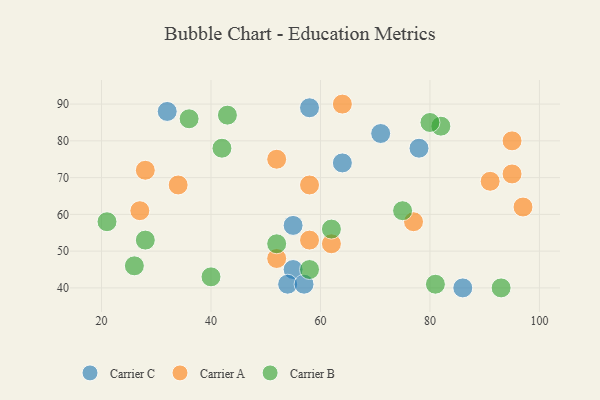
{"axis": {"x": "GDP", "y": "Life Expectancy"}, "legend": ["Carrier A", "Carrier B", "Carrier C"], "data": [{"x": "55", "y": 45, "type": "Carrier C"}, {"x": "58", "y": 89, "type": "Carrier C"}, {"x": "54", "y": 41, "type": "Carrier C"}, {"x": "71", "y": 82, "type": "Carrier C"}, {"x": "64", "y": 74, "type": "Carrier C"}, {"x": "55", "y": 57, "type": "Carrier C"}, {"x": "32", "y": 88, "type": "Carrier C"}, {"x": "78", "y": 78, "type": "Carrier C"}, {"x": "57", "y": 41, "type": "Carrier C"}, {"x": "86", "y": 40, "type": "Carrier C"}, {"x": "64", "y": 90, "type": "Carrier A"}, {"x": "91", "y": 69, "type": "Carrier A"}, {"x": "34", "y": 68, "type": "Carrier A"}, {"x": "58", "y": 53, "type": "Carrier A"}, {"x": "52", "y": 75, "type": "Carrier A"}, {"x": "62", "y": 52, "type": "Carrier A"}, {"x": "97", "y": 62, "type": "Carrier A"}, {"x": "77", "y": 58, "type": "Carrier A"}, {"x": "95", "y": 71, "type": "Carrier A"}, {"x": "95", "y": 80, "type": "Carrier A"}, {"x": "58", "y": 68, "type": "Carrier A"}, {"x": "28", "y": 72, "type": "Carrier A"}, {"x": "27", "y": 61, "type": "Carrier A"}, {"x": "52", "y": 48, "type": "Carrier A"}, {"x": "36", "y": 86, "type": "Carrier B"}, {"x": "81", "y": 41, "type": "Carrier B"}, {"x": "58", "y": 45, "type": "Carrier B"}, {"x": "62", "y": 56, "type": "Carrier B"}, {"x": "75", "y": 61, "type": "Carrier B"}, {"x": "82", "y": 84, "type": "Carrier B"}, {"x": "28", "y": 53, "type": "Carrier B"}, {"x": "26", "y": 46, "type": "Carrier B"}, {"x": "52", "y": 52, "type": "Carrier B"}, {"x": "40", "y": 43, "type": "Carrier B"}, {"x": "43", "y": 87, "type": "Carrier B"}, {"x": "93", "y": 40, "type": "Carrier B"}, {"x": "21", "y": 58, "type": "Carrier B"}, {"x": "42", "y": 78, "type": "Carrier B"}, {"x": "80", "y": 85, "type": "Carrier B"}]}